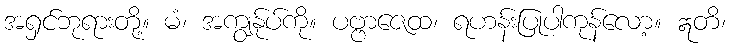
အရှင်ဘုရားတို့။ မံ၊ အကျွန်ုပ်ကို။ ပဗ္ဗာဇေထ၊ ရဟန်းပြုပါကုန်လော့။ ဣတိ၊